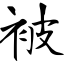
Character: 被